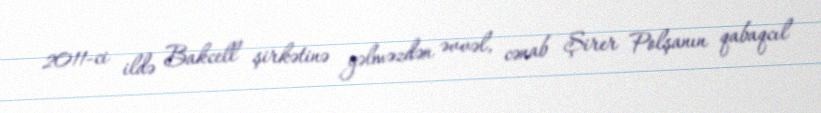
2011-ci ildə Bakcell şirkətinə gəlməzdən əvvəl, cənab Şirer Polşanın qabaqcıl